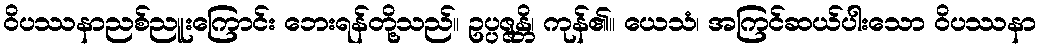
ဝိပဿနာညစ်ညူးကြောင်း ဘေးရန်တို့သည်။ ဥပ္ပဇ္ဇန္တိ၊ ကုန်၏။ ယေသံ၊ အကြင်ဆယ်ပါးသော ဝိပဿနာ